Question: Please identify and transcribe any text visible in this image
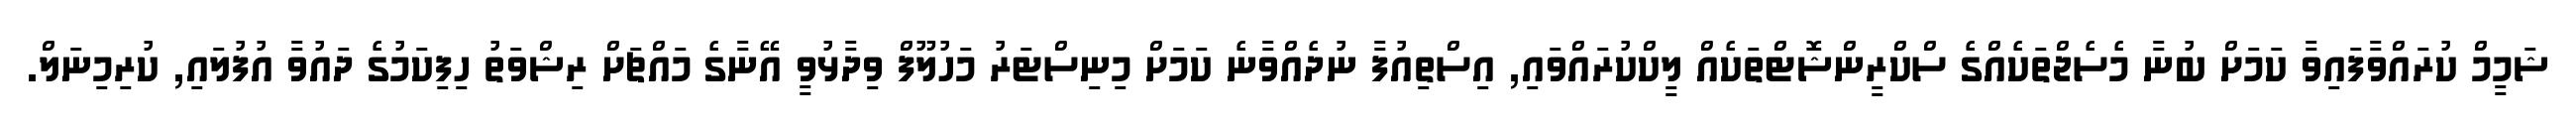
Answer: ޝަމީމް ކުރައްވާފައިވާ ކަމަށް ބުނާ މެސެޖްތަކެއްގެ ސްކްރީންޝޮޓްތަކެއް ލީކްކުރައްވައި, އިސްތިއުފާ ނުދެއްވާނެ ކަމަށް މިނިސްޓަރު މަހުލޫފް ވިދާޅުވީ އޭނާގެ މައްޗަށް ރިޝްވަތު ހިފިކަމުގެ ދައުވާ އުފުލައި, ކުރިމިނަލް.